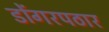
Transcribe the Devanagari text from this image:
डोंगरपठार